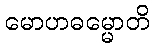
မောဟဓမ္မောတိ